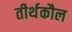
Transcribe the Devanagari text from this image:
तीर्थकौल